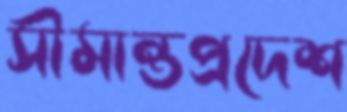
সীমান্তপ্রদেশ